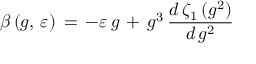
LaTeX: \beta \, ( g , \, \varepsilon ) \, = \, - \varepsilon \, g \, + \, g ^ { 3 } \, \frac { d \, \zeta _ { 1 } \, ( g ^ { 2 } ) } { d \, g ^ { 2 } }